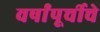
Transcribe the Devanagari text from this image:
वर्षांपूर्चीचे